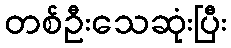
တစ်ဦးသေဆုံးပြီး